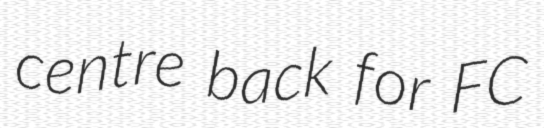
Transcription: centre back for FC